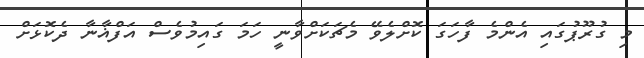
މި ގުރޫޕުގައި އެންމެ ފާހަގަ ކޮށްލެވޭ މެޗަކަށްވާނީ ހަމަ ގައިމުވެސް އަފްޣާނާ ދެކޮޅަށް